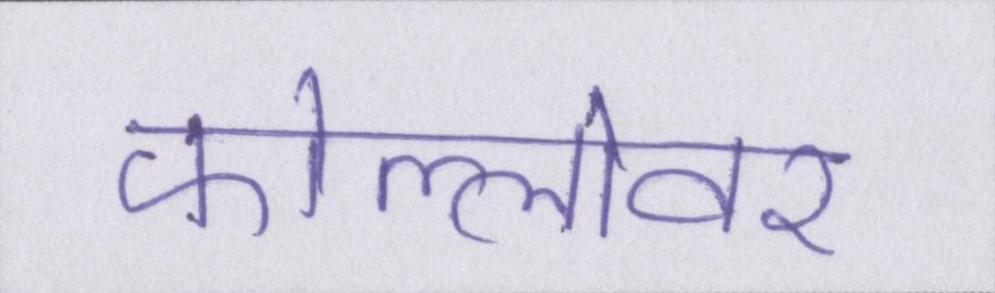
फोल्लोवर